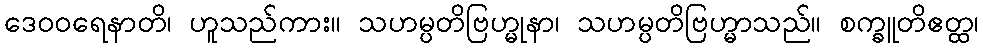
ဒေဝဝရေနာတိ၊ ဟူသည်ကား။ သဟမ္ပတိဗြဟ္မုနာ၊ သဟမ္ပတိဗြဟ္မာသည်။ စက္ခူတိဧတ္ထ၊